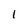
Character: 1